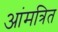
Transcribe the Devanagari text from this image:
आंमत्रित